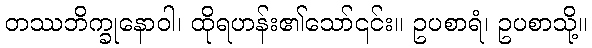
တဿဘိက္ခုနောဝါ၊ ထိုရဟန်း၏သော်၎င်း။ ဥပစာရံ၊ ဥပစာသို့။